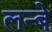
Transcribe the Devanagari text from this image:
लन्बे